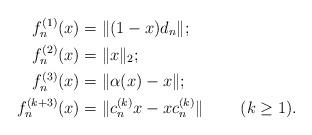
LaTeX: \begin{align*}f_n^{(1)}(x) &= \|(1-x)d_n\|; \\f_n^{(2)}(x) &= \|x\|_2;\\f_n^{(3)}(x) &= \| \alpha(x) -x\|;\\f_n^{(k+3)}(x) &= \|c_n^{(k)}x - xc_n^{(k)} \|\;\;\;\;\;\;\;\; (k\geq 1).\end{align*}